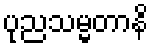
ပုညသမ္မတာနိ